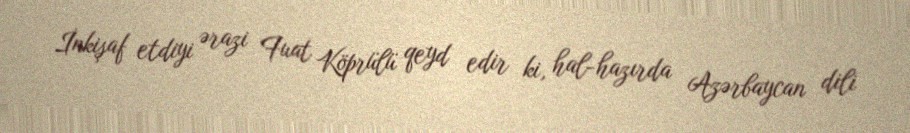
İnkişaf etdiyi ərazi Fuat Köprülü qeyd edir ki, hal-hazırda Azərbaycan dili